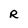
Character: R